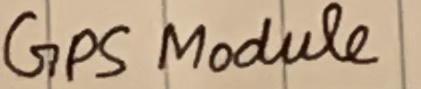
Text: GPS Module